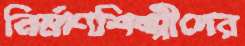
নির্মাণশিল্পীদের